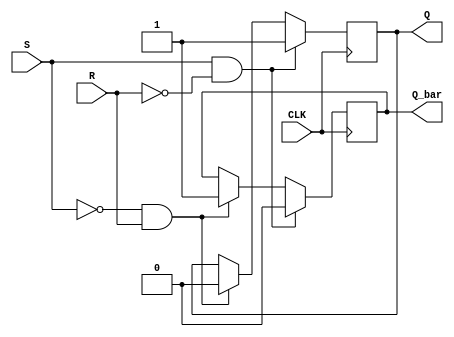
module basic_sr_ff (
    input S, R, CLK,
    output reg Q, Q_bar
);

reg Q_next, Q_bar_next;

always @(posedge CLK) begin
    if (S && !R) begin // set state
        Q_next = 1;
        Q_bar_next = 0;
    end else if (!S && R) begin // reset state
        Q_next = 0;
        Q_bar_next = 1;
    end else begin // hold state
        Q_next = Q;
        Q_bar_next = Q_bar;
    end
end

assign Q = Q_next;
assign Q_bar = Q_bar_next;

endmodule